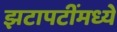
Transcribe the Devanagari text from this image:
झटापटींमध्ये